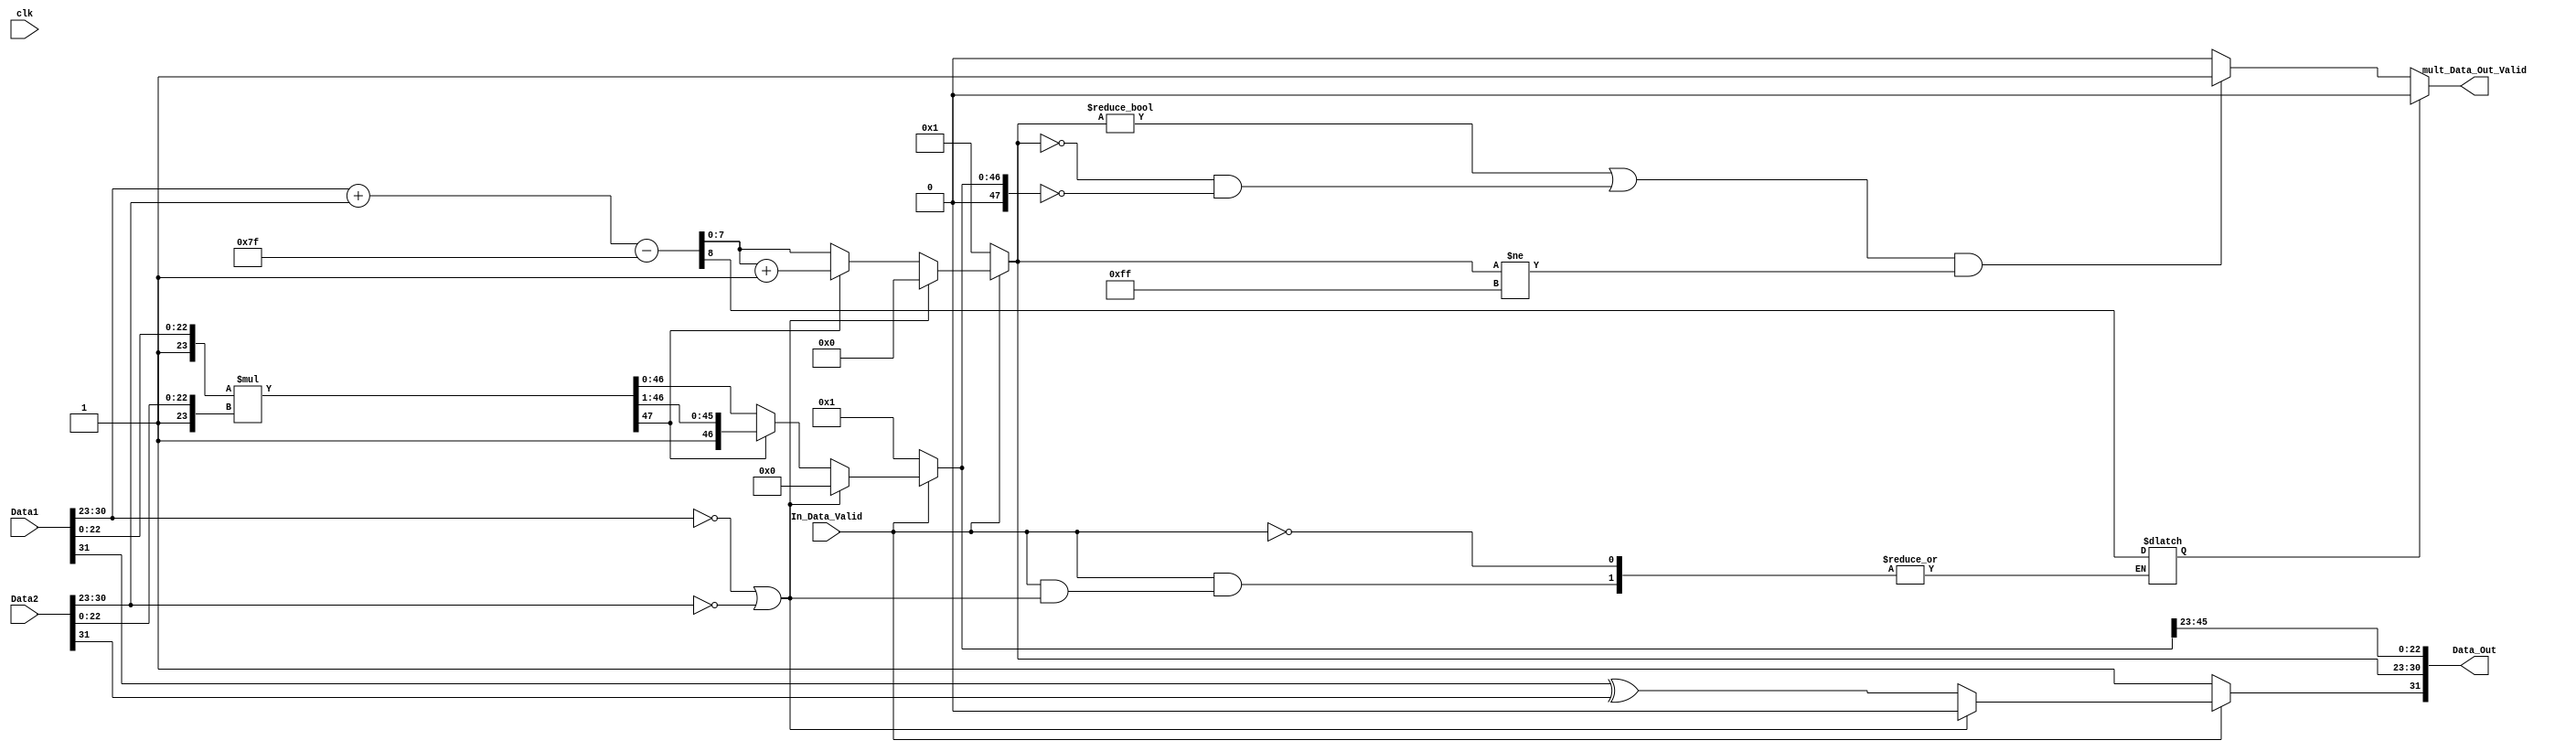
`timescale 1ns / 1ps
//////////////////////////////////////////////////////////////////////////////////
// Organisation: BITS Pilani KK Birla GOA CAMPUS 
// Role: Student
// Design Name: 
// Module Name: multiplier
// Project Name: 
// Target Devices: 
// Tool Versions: 
// Description: 
// 
// Dependencies: 
// 
// Revision:
// Revision 0.01 - File Created
// Additional Comments:
// 
//////////////////////////////////////////////////////////////////////////////////


module multiplier(
input clk,
input [31:0] Data1,
input [31:0] Data2,
input In_Data_Valid,
output [31:0] Data_Out,
output mult_Data_Out_Valid
);
reg [7:0] Data1_exp;
reg [23:0] Data1_mant;

reg [7:0] Data2_exp;
reg [23:0] Data2_mant;

reg Data_Out_sign;
reg [7:0] Data_Out_exp;
reg Data_Out_exp_OF;
reg [47:0] Data_Out_mant; // if not numbers has 24th bit 1
//reg [47:0] temp_res;
assign Data_Out = {Data_Out_sign, Data_Out_exp, Data_Out_mant[45:23]};
assign mult_Data_Out_Valid = (Data_Out_exp_OF == 1'b1 ? 0: (((Data_Out_exp != 8'd0 || (Data_Out_exp == 8'b0 && Data_Out_mant == 23'b0))&& Data_Out_exp != 8'd255) ? 1 : 0));

always @(*)
begin
    Data1_exp = Data1[30:23];
    Data1_mant = {1'b1,Data1[22:0]};
    Data2_exp = Data2[30:23];
    Data2_mant = {1'b1,Data2[22:0]};

end

always @(*)
begin
    if(In_Data_Valid == 1'b1)
    begin
        if(Data1_exp == 8'b0 || Data2_exp == 8'b0)
            {Data_Out_sign, Data_Out_exp, Data_Out_mant} = 57'b0;
        else
        begin
            Data_Out_sign = Data1[31] ^ Data2[31];
            {Data_Out_exp_OF,Data_Out_exp} = Data1_exp + Data2_exp - 8'd127;
            Data_Out_mant = Data1_mant * Data2_mant;
            if(Data_Out_mant[47] == 1'b1)
            begin
                Data_Out_exp = Data_Out_exp + 1;
                Data_Out_mant = Data_Out_mant >> 1;
            end
        end
    end else
    begin
        Data_Out_sign = 1'b1;
        Data_Out_exp = 8'b1;
        Data_Out_mant = 23'b1;
    end
end
// exp range i 1 to 254

endmodule